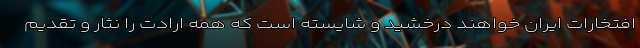
افتخارات ایران خواهند درخشید و شایسته است که همه ارادت را نثار و تقدیم